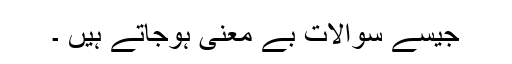
جیسے سوالات بے معنی ہوجاتے ہیں ۔